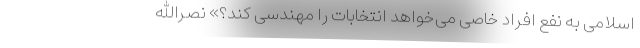
اسلامی به نفع افراد خاصی می‌خواهد انتخابات را مهندسی کند؟» نصرالله